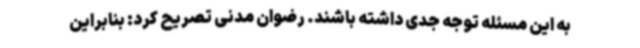
به این مسئله توجه جدی داشته باشند. رضوان مدنی تصریح کرد: بنابراین